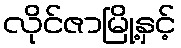
လိုင်ဇာမြို့နှင့်